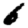
Digit: 6